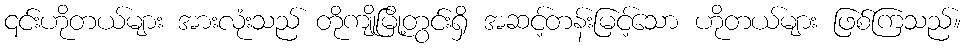
၎င်းဟိုတယ်များ အားလုံးသည် တိုကျိုမြို့တွင်းရှိ အဆင့်တန်းမြင့်သော ဟိုတယ်များ ဖြစ်ကြသည်။